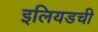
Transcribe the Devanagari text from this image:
इलियडची